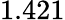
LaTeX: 1.421